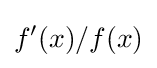
f'(x)/f(x)